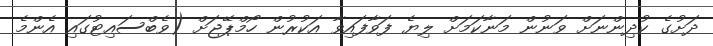
ދަށުގެ ކުދިންނަށް ވަނުން މަނާކަމަށް ލިޔެ ފަވާފައިވާ އަކުރުން ހޯމްޕޭޖަށް (ވެބްސައިޓުގައި އެންމެ